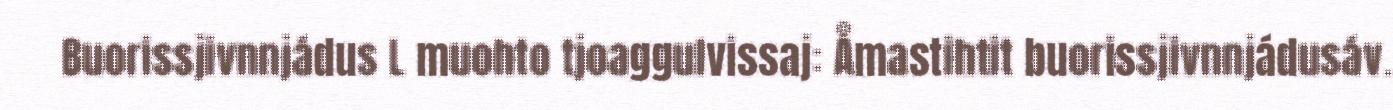
Buorissjivnnjádus L muohto tjoaggulvissaj: Åmastihtit buorissjivnnjádusáv.